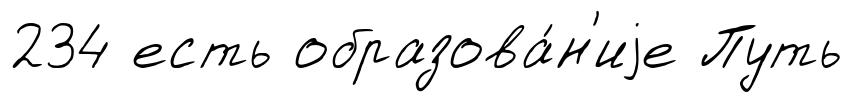
234 есть образова́н'иjе Путь